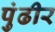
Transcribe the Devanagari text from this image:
पुंढीर